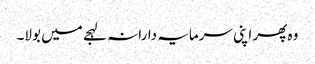
وہ پھر اپنی سرمایہ دارانہ لہجے میں بولا۔